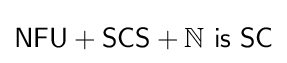
{\mathsf {NFU+SCS}}+\mathbb {N} {\mathsf {\ is\ SC}}